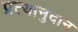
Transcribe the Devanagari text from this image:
प्रत्यानुदान